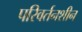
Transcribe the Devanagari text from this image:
परिवर्तनशीन